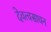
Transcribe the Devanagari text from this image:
देवत्वसाधन